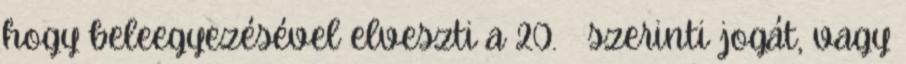
hogy beleegyezésével elveszti a 20. § szerinti jogát, vagy